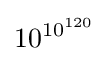
10^{10^{120}}